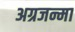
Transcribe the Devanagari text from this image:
अग्रजन्मा